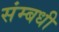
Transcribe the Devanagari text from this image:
संम्बधी